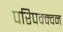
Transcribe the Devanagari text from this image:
परिपक्क्वन